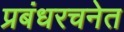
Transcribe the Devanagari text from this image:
प्रबंधरचनेत